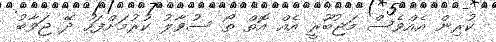
ކުރިން އެއްވެސް މަޖުބޫރީ އެއް އޮތް ތޯ ސުވާލު ކުރުމަށްފަހު ދޭ ޖަވާބު